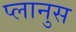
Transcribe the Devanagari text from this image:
प्लानुस